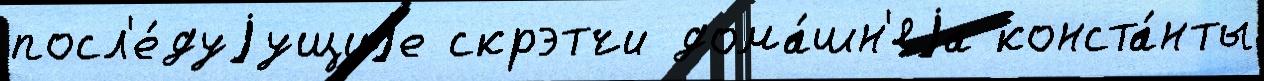
посл'е́дуjущиjе скрэтчи дома́шн'яjа конста́нты